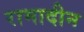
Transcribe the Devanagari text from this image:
रामादीन